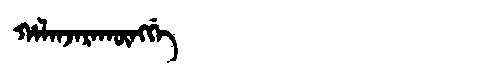
Manchu: ᡥᠠᠯᠠᠨᠵᠠᡵᠠᡴᡡᠩᡤᡝ
Romanization: HALANJARAKŪNGGE